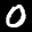
Label: 0